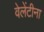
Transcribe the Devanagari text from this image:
वेलेंटीना